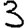
Digit: 3